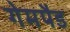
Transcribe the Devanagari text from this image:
गेमपैड